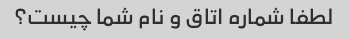
لطفا شماره اتاق و نام شما چیست؟